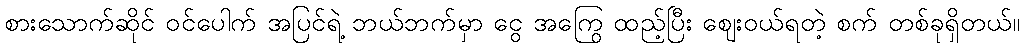
စားသောက်ဆိုင် ဝင်ပေါက် အပြင်ရဲ့ ဘယ်ဘက်မှာ ငွေ အကြွေ ထည့်ပြီး ဈေးဝယ်ရတဲ့ စက် တစ်ခုရှိတယ်။